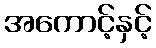
အကောင့်နှင့်